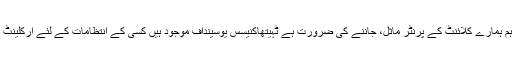
جب سیاہی متعارف کرانے, ہم ہمارے کلائنٹ کے پرنٹر ماثل، جاننے کی ضرورت ہے ٹہیتھاکنیسس یوسینداف موجود ہیں کسی کے انتظامات کے لئے ارکلینٹ اس وقت بلیک کاغذ کا انک ۔